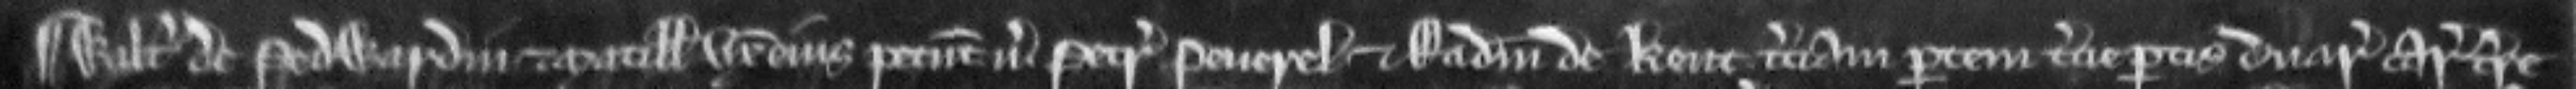
¶ Walterus de Pedwardin et Matillis uxor ejus petunt versus Petrum Peverel et   Radulfum de Kent terciam partem tercie partis duarum carucatarum terre